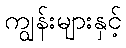
ကျွန်းများနှင့်